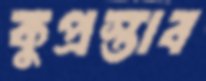
কুপ্রস্তাব